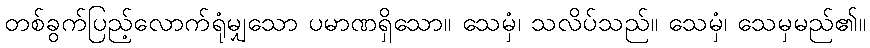
တစ်ခွက်ပြည့်လောက်ရုံမျှသော ပမာဏရှိသော။ သေမှံ၊ သလိပ်သည်။ သေမှံ၊ သေမှမည်၏။